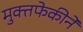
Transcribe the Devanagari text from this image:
मुक्तफेकीने